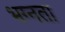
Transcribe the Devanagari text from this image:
भग्नता